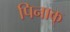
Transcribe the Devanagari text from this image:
पिनाक्